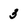
Character: 3